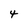
Character: 4